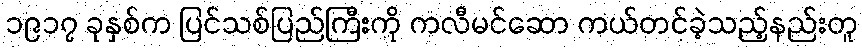
၁၉၁၇ ခုနှစ်က ပြင်သစ်ပြည်ကြီးကို ကလီမင်ဆော ကယ်တင်ခဲ့သည့်နည်းတူ